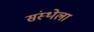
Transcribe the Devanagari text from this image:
संस्‍थ्‍ोला